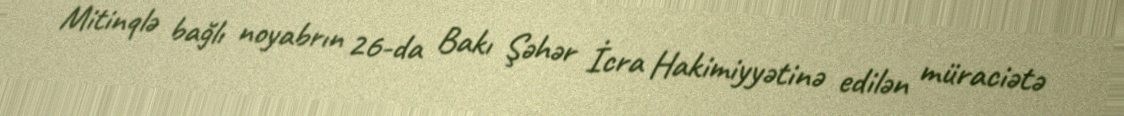
Mitinqlə bağlı noyabrın 26-da Bakı Şəhər İcra Hakimiyyətinə edilən müraciətə